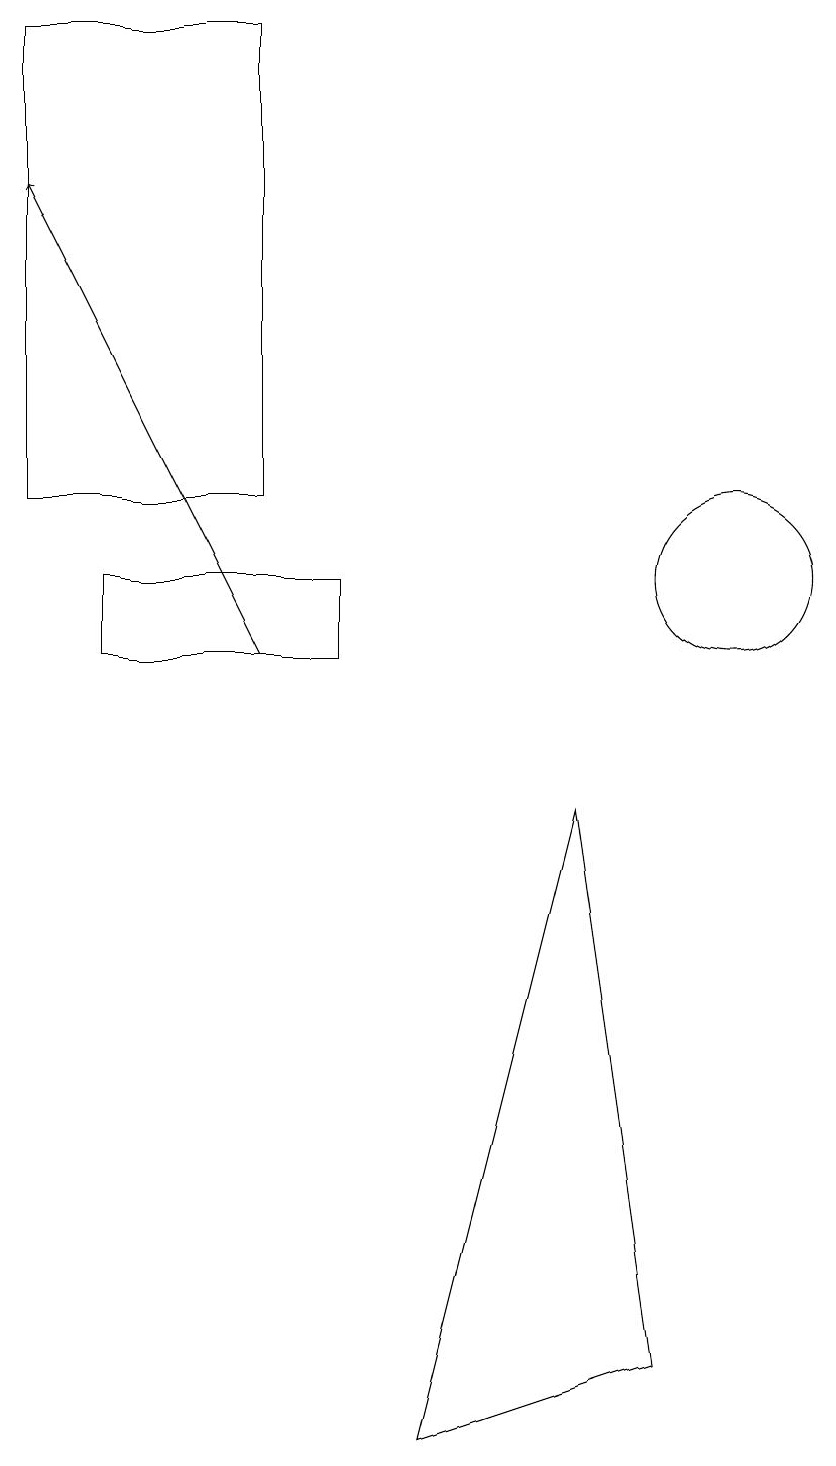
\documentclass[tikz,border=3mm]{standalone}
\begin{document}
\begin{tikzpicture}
\draw (6,1) -- (8,9) -- (9,2) -- cycle;
\draw (4,19) rectangle (1,13);
\draw[->] (4,11) -- (1,17);
\draw (10,12) circle (1);
\draw (2,12) rectangle (5,11);
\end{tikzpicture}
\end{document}